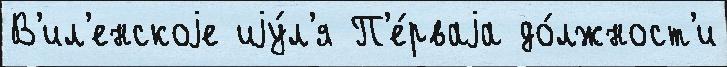
В'ил'енскоjе иjу́л'я П'е́рваjа до́лжност'и